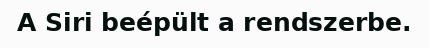
A Siri beépült a rendszerbe.